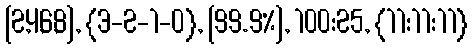
[2,4,6,8], {3-2-1-0}, [99.9%], 100:25, {11:11:11}